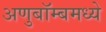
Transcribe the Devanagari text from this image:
अणुबॉम्बमध्ये